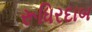
રૂધિરદાબ